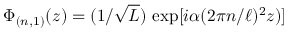
\Phi _ { ( n , 1 ) } ( z ) = ( 1 / \sqrt { L } ) \, \exp \lbrack i \alpha ( 2 \pi n / \ell ) ^ { 2 } z ) \rbrack